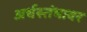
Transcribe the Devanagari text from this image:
अर्धस्तंभावर